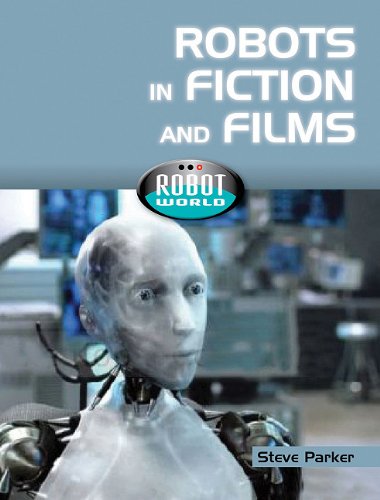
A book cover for Robots in Fiction and Films (Robot World); Steve Parker; Children's Books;